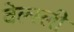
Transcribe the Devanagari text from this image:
वेल्स्ली